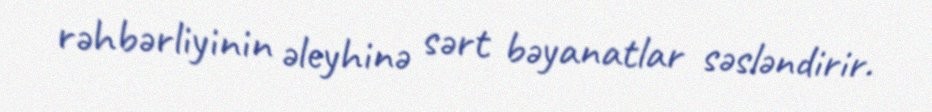
rəhbərliyinin əleyhinə sərt bəyanatlar səsləndirir.